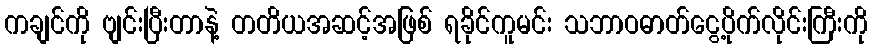
ကချင်ကို ဗျင်းပြီးတာနဲ့ တတိယအဆင့်အဖြစ် ရခိုင်ကူမင်း သဘာဝဓာတ်ငွေ့ပိုက်လိုင်းကြီးကို